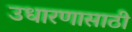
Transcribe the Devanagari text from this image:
उधारणासाठी